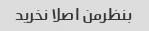
بنظرمن اصلا نخرید